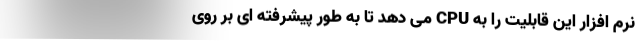
نرم افزار این قابلیت را به CPU می دهد تا به طور پیشرفته ای بر روی